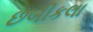
છબીકલા